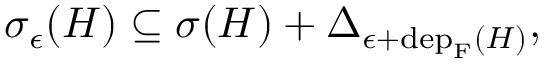
\begin{array} { r } { \sigma _ { \epsilon } ( H ) \subseteq \sigma ( H ) + \Delta _ { \epsilon + \mathrm { d e p } _ { \mathrm { F } } ( H ) } , } \end{array}